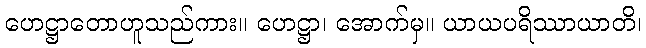
ဟေဋ္ဌာတောဟူသည်ကား။ ဟေဋ္ဌာ၊ အောက်မှ။ ယာယပရိဿာယာတိ၊